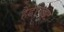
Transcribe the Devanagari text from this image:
हैंडेविड्ट